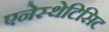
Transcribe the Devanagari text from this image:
एनेस्थेटिसिट